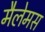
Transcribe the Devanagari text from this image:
मैलेमस